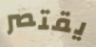
يقتصر